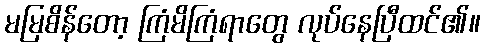
မမြစိန်တော့ ကြံမိကြံရာတွေ လုပ်နေပြီထင်၏။